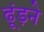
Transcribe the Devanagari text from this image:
ढूंड़ने